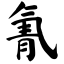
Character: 氰